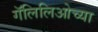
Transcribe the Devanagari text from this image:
गॅलिलिओच्या